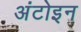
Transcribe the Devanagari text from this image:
अंटोइन